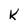
Character: k